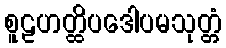
စူဠဟတ္ထိပဒေါပမသုတ္တံ